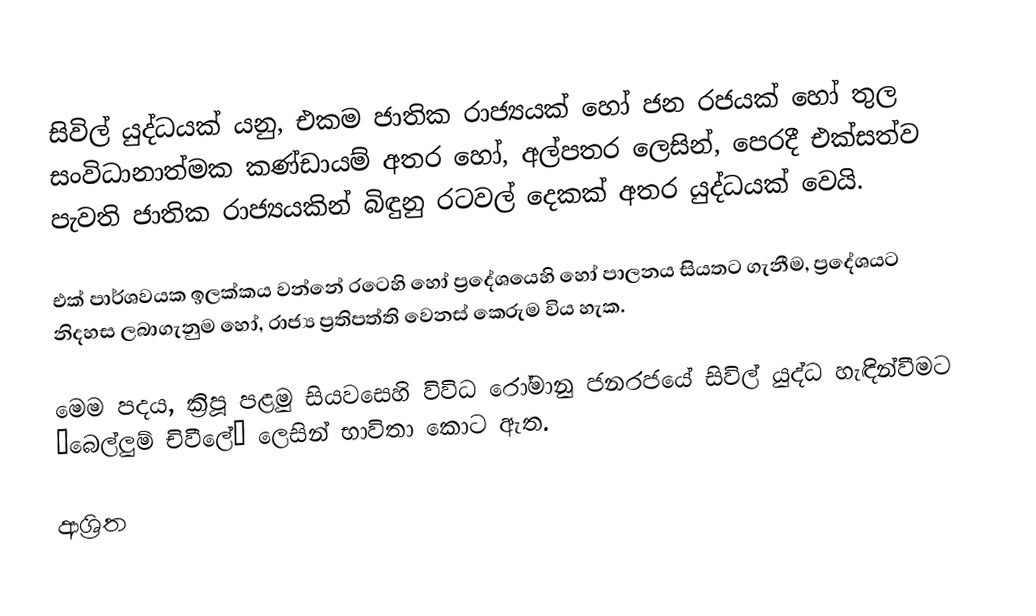
සිවිල් යුද්ධයක් යනු, එකම  ජාතික රාජ්‍යයක් හෝ ජන රජයක් හෝ තුල සංවිධානාත්මක කණ්ඩායම් අතර හෝ, අල්පතර ලෙසින්, පෙරදී එක්සත්ව පැවති ජාතික රාජ්‍යයකින් බිඳුනු රටවල් දෙකක් අතර යුද්ධයක් වෙයි.

එක් පාර්ශවයක ඉලක්කය වන්නේ රටෙහි හෝ ප්‍රදේශයෙහි හෝ පාලනය සියතට ගැනීම, ප්‍රදේශයට නිදහස ලබාගැනුම හෝ, රාජ්‍ය ප්‍රතිපත්ති වෙනස් කෙරුම විය හැක.

මෙම පදය, ක්‍රිපූ පළමු සියවසෙහි විවිධ  රෝමානු ජනරජයේ සිවිල් යුද්ධ හැඳින්වීමට “බෙල්ලුම් චිවීලේ” ලෙසින් භාවිතා කොට ඇත.

ආශ්‍රිත